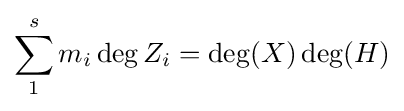
\sum _{1}^{s}m_{i}\deg Z_{i}=\deg(X)\deg(H)